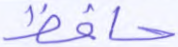
حافظ